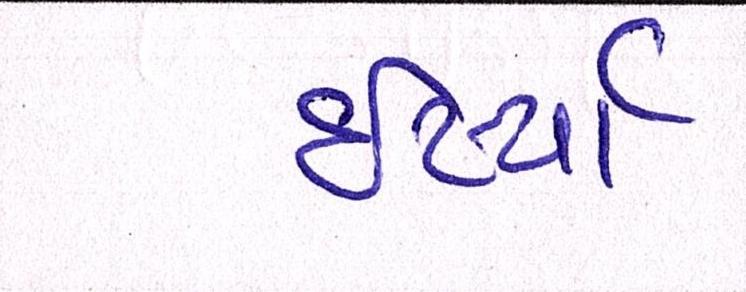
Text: ઈર્ષ્યા